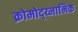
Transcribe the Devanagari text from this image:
क्रोमोद्य्नामिक